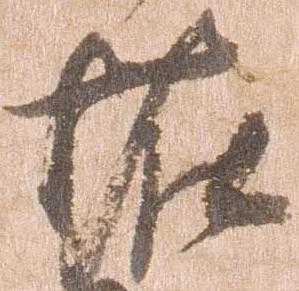
恠